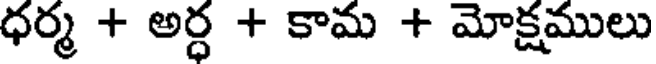
ధర్మ + అర్ధ + కామ + మోక్షములు